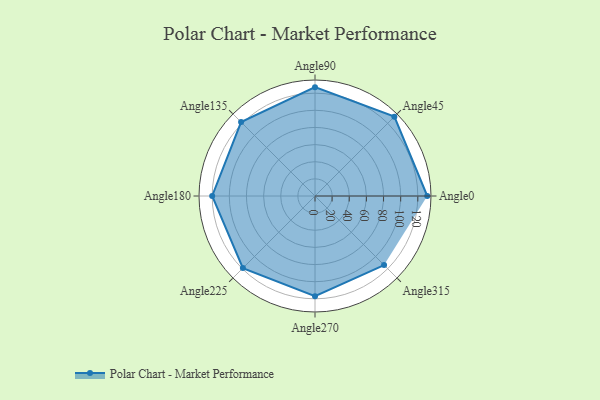
{"axis": {"x": "Angle", "y": "Radius"}, "legend": [""], "data": [{"x": "Angle0", "y": 131.0, "type": ""}, {"x": "Angle45", "y": 131.0, "type": ""}, {"x": "Angle90", "y": 127.0, "type": ""}, {"x": "Angle135", "y": 122.0, "type": ""}, {"x": "Angle180", "y": 120.0, "type": ""}, {"x": "Angle225", "y": 119.0, "type": ""}, {"x": "Angle270", "y": 117.0, "type": ""}, {"x": "Angle315", "y": 114.0, "type": ""}]}